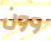
وون